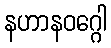
နဟာနဝဂ္ဂေါ